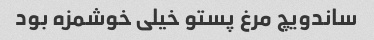
ساندویچ مرغ پستو خیلی خوشمزه بود